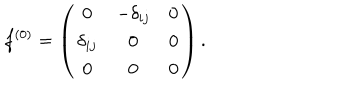
LaTeX: f ^ { ( 0 ) } = \left( \begin{array} { c c c } { { 0 } } & { { - \delta _ { i j } } } & { { 0 } } \\ { { \delta _ { i j } } } & { { 0 } } & { { 0 } } \\ { { 0 } } & { { 0 } } & { { 0 } } \\ \end{array} \right) .